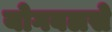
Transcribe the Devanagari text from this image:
योगबलसे